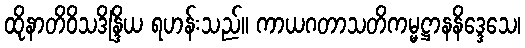
ထိုနာတိဝိသဒိန္ဒြိယ ရဟန်းသည်။ ကာယဂတာသတိကမ္မဋ္ဌာနနိဒ္ဒေသေ၊